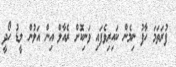
ފުރަތަމަ ހާފު ނިމެން ކައިިރިވެފައި ވަނިކޮށް ރެއާލް އިން އަލުން ލީޑު ހޯދީ